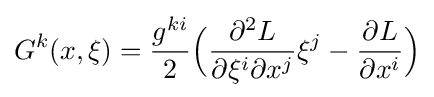
G^{k}(x,\xi )={\frac {g^{ki}}{2}}{\Big (}{\frac {\partial ^{2}L}{\partial \xi ^{i}\partial x^{j}}}\xi ^{j}-{\frac {\partial L}{\partial x^{i}}}{\Big )}